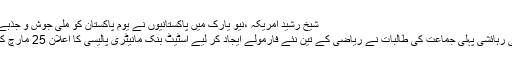
شیخ رشید امریکہ ،ْنیو یارک میں پاکستانیوں نے یوم پاکستان کو ملی جوش و جذبے سے منایا
مانسہرہ کی رہائشی پہلی جماعت کی طالبات نے ریاضی کے تین نئے فارمولے ایجاد کر لیے اسٹیٹ بنک مانیٹری پالیسی کا اعلان 25 مارچ کو کرے گا۔